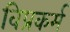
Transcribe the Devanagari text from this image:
विप्रकर्म